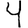
Digit: 4